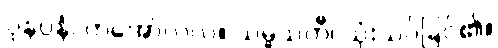
ပုနပ္ပနံ၊ တအော်လဲလဲ။ သမ္မသတီ၊ သုံးသပ်ခြင်၏။